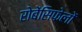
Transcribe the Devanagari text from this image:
रोबेंसिफेलों